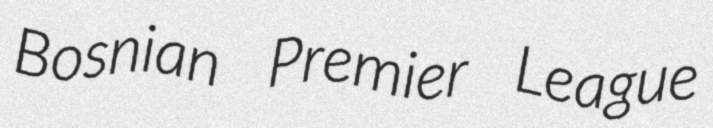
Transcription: Bosnian Premier League